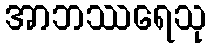
အာဘဿရေသု